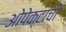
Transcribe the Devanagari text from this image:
ओपेक्टाची